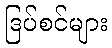
ဒြပ်စင်များ